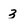
Character: 3